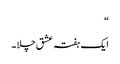
“
ایک ہفتہ عشق چلا ۔